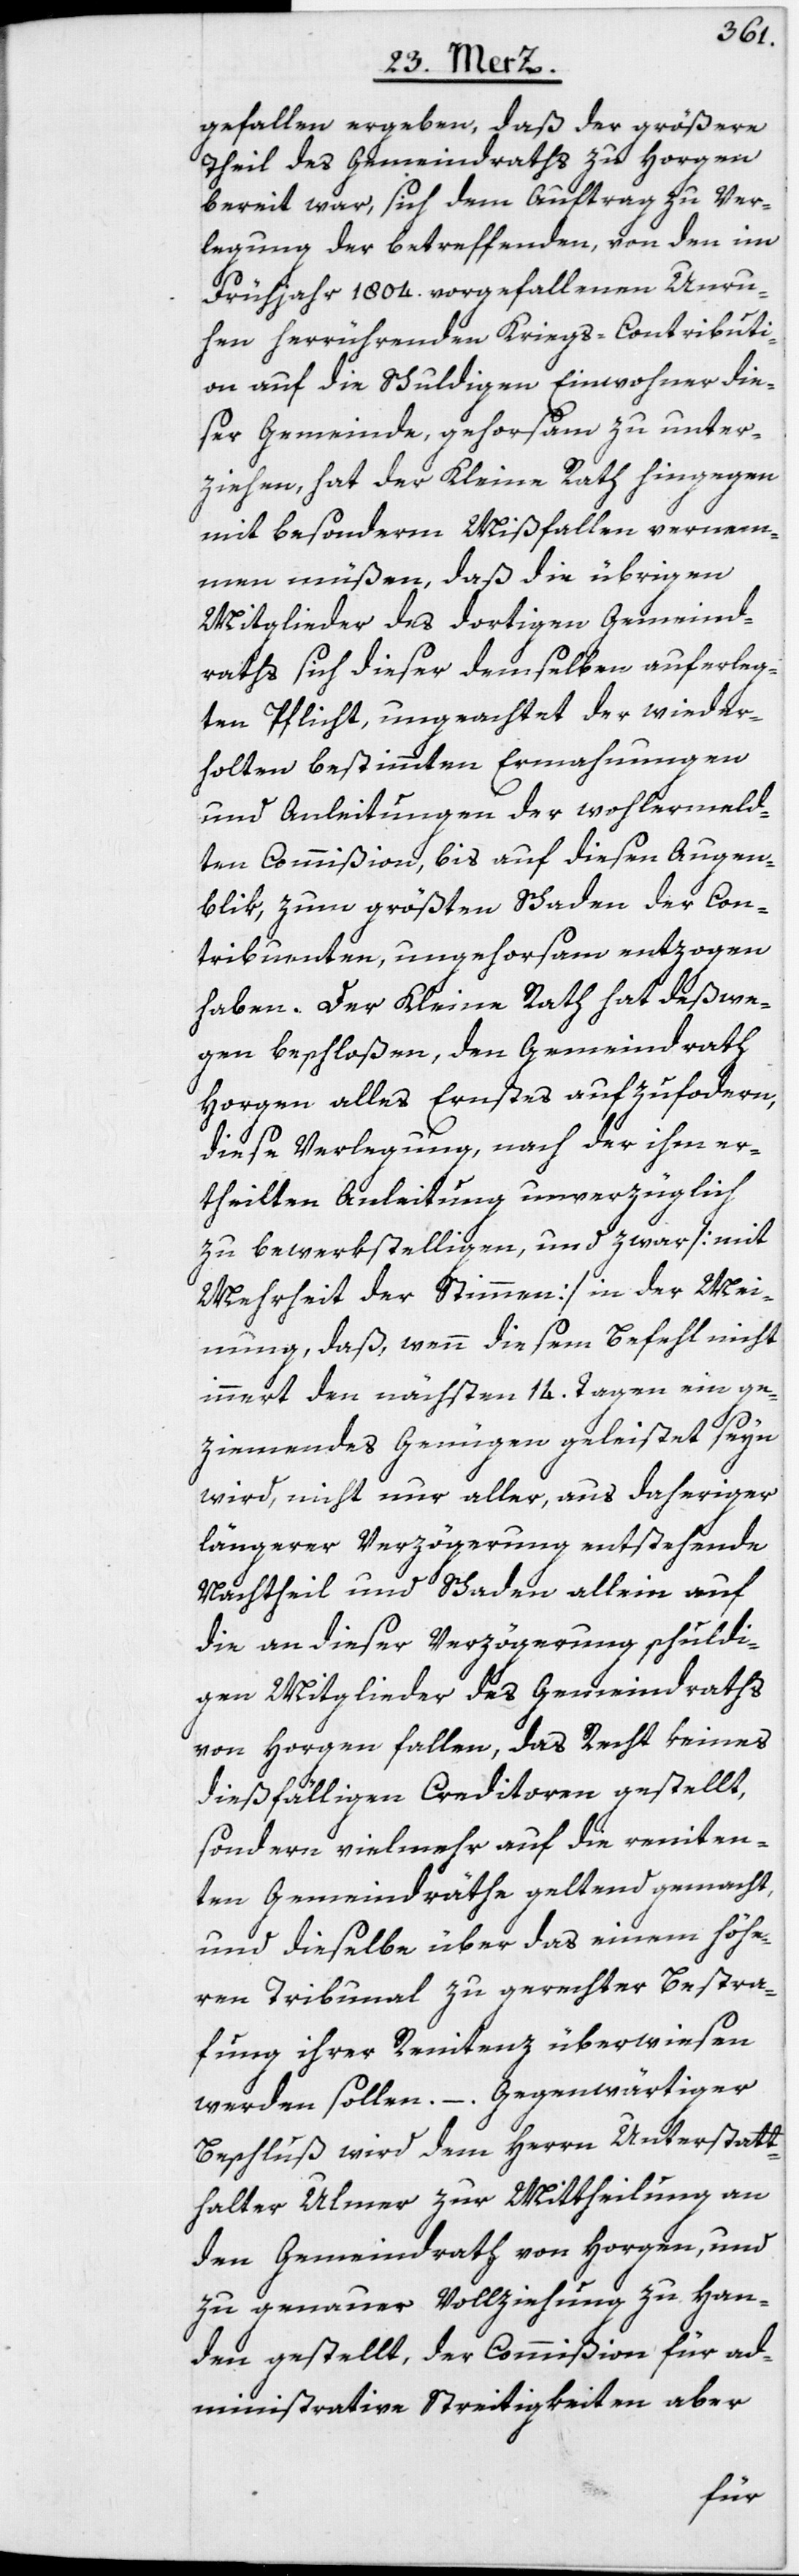
gefallen ergeben, daß der größere
Theil des Gemeindraths zu Horgen
bereit war, sich dem Auftrag zu Ver¬
legung der betreffenden, von den im
Frühjahr 1804. vorgefallenen Unru¬
hen herrührenden Kriegs-Contributi¬
on auf die Schuldigen Einwohner die¬
ser Gemeinde, gehorsam zu unter¬
ziehen, hat der Kleine Rath hingegen
mit besonderm Mißfallen vernem¬
men müßen, daß die übrigen
Mitglieder des dortigen Gemeind¬
raths sich dieser demselben auferleg¬
ten Pflicht, ungeachtet der wieder¬
holten bestimmten Ermahnungen
und Anleitungen der wohlermeld¬
ten Commißion, bis auf diesen Augen¬
blik, zum größten Schaden der Con¬
tribuenten, ungehorsam entzogen
haben. Der Kleine Rath hat deßwe¬
gen beschloßen, den Gemeindrath
Horgen alles Ernstes aufzufo[r]dern,
diese Verlegung, nach der ihm er¬
theilten Anleitung unverzüglich
zu bewerkstelligen, und zwar [mit
Mehrheit der Stimmen] in der Mei¬
nung, daß, wenn diesem Befehl nicht
innert den nächsten 14. Tagen ein ge¬
ziemendes Genügen geleistet seyn
wird, nicht nur aller, aus daheriger
längerer Verzögerung entstehende
Nachtheil und Schaden allein auf
die an dieser Verzögerung schuldi¬
gen Mitglieder des Gemeindraths
von Horgen fallen, das Recht keines
dießfälligen Creditoren gestellt,
sondern vielmehr auf die reniten¬
ten Gemeindräthe geltend gemacht,
und dieselbe über das einem höhe¬
ren Tribunal zu gerechter Bestra¬
fung ihrer Renitenz überwiesen
werden sollen. – Gegenwärtiger
Beschluß wird dem Herrn Unterstatt¬
halter Ulmer zur Mittheilung an
den Gemeindrath von Horgen, und
zu genauer Vollziehung zu Han¬
den gestellt, der Commißion für ad¬
ministrative Streitigkeiten aber